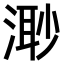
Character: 𣺌